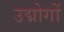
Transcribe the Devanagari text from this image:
उद्मोगों